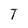
Character: T